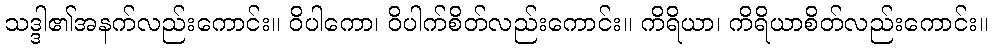
သဒ္ဒါ၏အနက်လည်းကောင်း။ ဝိပါကော၊ ဝိပါက်စိတ်လည်းကောင်း။ ကိရိယာ၊ ကိရိယာစိတ်လည်းကောင်း။